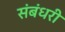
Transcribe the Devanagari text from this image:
संबंधरी